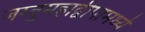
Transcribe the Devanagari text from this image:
जम्बुमहाद्वीपामध्ये